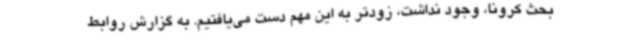
بحث کرونا، وجود نداشت، زودتر به این مهم دست می‌یافتیم. به گزارش روابط